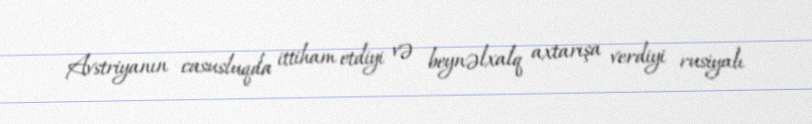
Avstriyanın casusluqda ittiham etdiyi və beynəlxalq axtarışa verdiyi rusiyalı